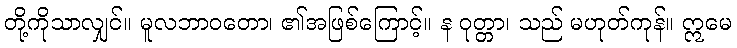
တို့ကိုသာလျှင်။ မူလဘာဝတော၊ ၏အဖြစ်ကြောင့်။ န ဝုတ္တာ၊ သည် မဟုတ်ကုန်။ ဣမေ